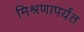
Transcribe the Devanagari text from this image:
मिश्रणापर्यंत